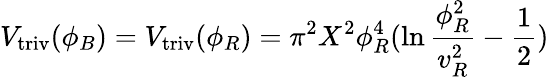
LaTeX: V_{\mathrm{triv}}(\phi_{B})=V_{\mathrm{triv}}(\phi_{R})=\pi^{2}X^{2}\phi_{R}^{4}(\ln{\frac{\phi_{R}^{2}}{v_{R}^{2}}}-{\frac{1}{2}})